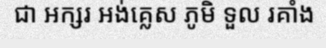
ជា អក្សរ អង់គ្លេស ភូមិ ទួល រគាំង